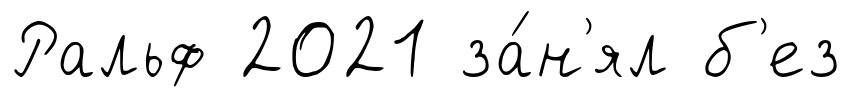
Ральф 2021 за́н'ял б'ез